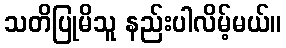
သတိပြုမိသူ နည်းပါလိမ့်မယ်။